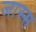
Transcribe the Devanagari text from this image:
जास्स